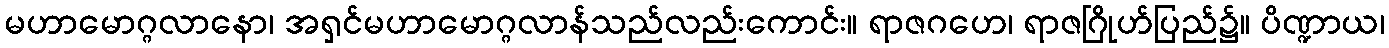
မဟာမောဂ္ဂလာနော၊ အရှင်မဟာမောဂ္ဂလာန်သည်လည်းကောင်း။ ရာဇဂဟေ၊ ရာဇဂြိုဟ်ပြည်၌။ ပိဏ္ဍာယ၊